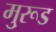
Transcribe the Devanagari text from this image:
मु्रूड